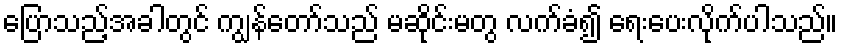
ပြောသည့်အခါတွင် ကျွန်တော်သည် မဆိုင်းမတွ လက်ခံ၍ ရေးပေးလိုက်ပါသည်။